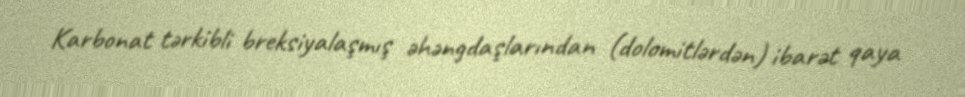
Karbonat tərkibli breksiyalaşmış əhəngdaşlarından (dolomitlərdən) ibarət qaya